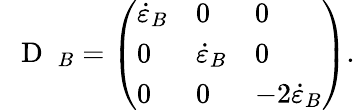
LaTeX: \mathrm{~\mathbf~{~D~}~}_{B}=\left(\begin{array}{lll}{\dot{\varepsilon}_{B}}&{0}&{0}\\ {0}&{\dot{\varepsilon}_{B}}&{0}\\ {0}&{0}&{-2\dot{\varepsilon}_{B}}\end{array}\right).